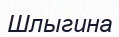
Шлыгина